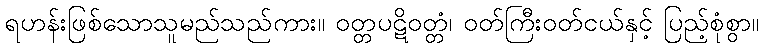
ရဟန်းဖြစ်သောသူမည်သည်ကား။ ဝတ္တပဋိဝတ္တံ၊ ဝတ်ကြီးဝတ်ငယ်နှင့် ပြည့်စုံစွာ။